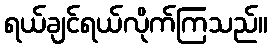
ရယ်ချင်ရယ်လိုက်ကြသည်။